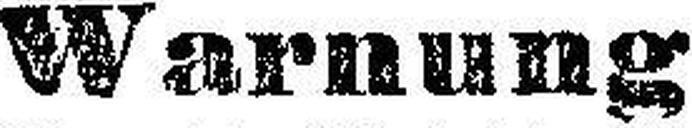
Warnung